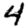
Digit: 4